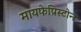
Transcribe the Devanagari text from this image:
मायफेप्रिस्टोन